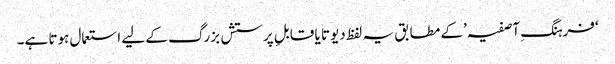
‘فرہنگِ آصفیہ’کے مطابق یہ لفظ دیوتا یا قابلِ پرستش بزرگ کے لیے استعمال ہوتا ہے۔